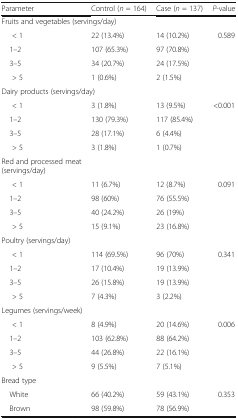
<table><thead><tr><td><b>Parameter</b></td><td><b>Control (<i>n</i> = 164)</b></td><td><b>Case (<i>n</i> = 137)</b></td><td><b><i>P</i>-value</b></td></tr></thead><tbody><tr><td colspan="4">Fruits and vegetables (servings/day)</td></tr><tr><td>&lt; 1</td><td>22 (13.4%)</td><td>14 (10.2%)</td><td rowspan="4">0.589</td></tr><tr><td> 1–2</td><td>107 (65.3%)</td><td>97 (70.8%)</td></tr><tr><td> 3–5</td><td>34 (20.7%)</td><td>24 (17.5%)</td></tr><tr><td>&gt; 5</td><td>1 (0.6%)</td><td>2 (1.5%)</td></tr><tr><td colspan="4">Dairy products (servings/day)</td></tr><tr><td>&lt; 1</td><td>3 (1.8%)</td><td>13 (9.5%)</td><td rowspan="4">&lt;0.001</td></tr><tr><td> 1–2</td><td>130 (79.3%)</td><td>117 (85.4%)</td></tr><tr><td> 3–5</td><td>28 (17.1%)</td><td>6 (4.4%)</td></tr><tr><td>&gt; 5</td><td>3 (1.8%)</td><td>1 (0.7%)</td></tr><tr><td>Red and processed meat (servings/day)</td><td></td><td></td><td></td></tr><tr><td>&lt; 1</td><td>11 (6.7%)</td><td>12 (8.7%)</td><td rowspan="4">0.091</td></tr><tr><td> 1–2</td><td>98 (60%)</td><td>76 (55.5%)</td></tr><tr><td> 3–5</td><td>40 (24.2%)</td><td>26 (19%)</td></tr><tr><td>&gt; 5</td><td>15 (9.1%)</td><td>23 (16.8%)</td></tr><tr><td colspan="4">Poultry (servings/day)</td></tr><tr><td>&lt; 1</td><td>114 (69.5%)</td><td>96 (70%)</td><td rowspan="4">0.341</td></tr><tr><td> 1–2</td><td>17 (10.4%)</td><td>19 (13.9%)</td></tr><tr><td> 3–5</td><td>26 (15.8%)</td><td>19 (13.9%)</td></tr><tr><td>&gt; 5</td><td>7 (4.3%)</td><td>3 (2.2%)</td></tr><tr><td colspan="4">Legumes (servings/week)</td></tr><tr><td>&lt; 1</td><td>8 (4.9%)</td><td>20 (14.6%)</td><td rowspan="4">0.006</td></tr><tr><td> 1–2</td><td>103 (62.8%)</td><td>88 (64.2%)</td></tr><tr><td> 3–5</td><td>44 (26.8%)</td><td>22 (16.1%)</td></tr><tr><td>&gt; 5</td><td>9 (5.5%)</td><td>7 (5.1%)</td></tr><tr><td colspan="4">Bread type</td></tr><tr><td> White</td><td>66 (40.2%)</td><td>59 (43.1%)</td><td rowspan="2">0.353</td></tr><tr><td> Brown</td><td>98 (59.8%)</td><td>78 (56.9%)</td></tr></tbody></table>